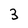
Character: 3